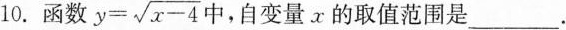
10.函数 $$y= \sqrt{x-4}$$ 中，自变量x的取值范围是___.